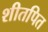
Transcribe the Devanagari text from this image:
शीतपित